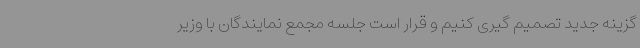
گزینه جدید تصمیم گیری کنیم و قرار است جلسه مجمع نمایندگان با وزیر